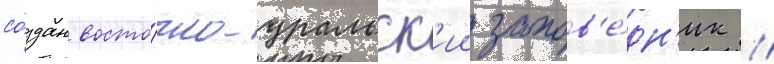
со́здан восто́чно-уральск'ии запов'е́дн'ик //